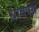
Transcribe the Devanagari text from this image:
धावपथ